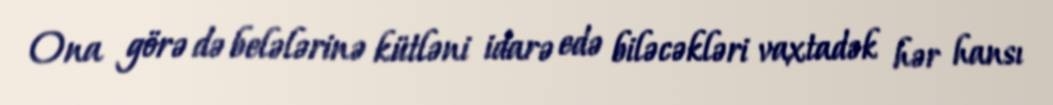
Ona görə də belələrinə kütləni idarə edə biləcəkləri vaxtadək hər hansı